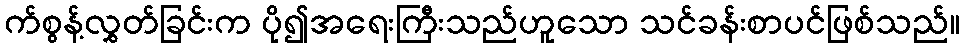
က်စွန့်လွှတ်ခြင်းက ပို၍အရေးကြီးသည်ဟူသော သင်ခန်းစာပင်ဖြစ်သည်။